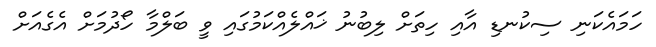
ހަމައެކަނި ސިކުނޑި އާއި ހިތަށް ލިބުނު ޚައްލެއްކަމުގައި ވީ ބަލްމާ ހޯދުމަށް އެގެއަށް